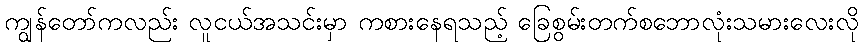
ကျွန်တော်ကလည်း လူငယ်အသင်းမှာ ကစားနေရသည့် ခြေစွမ်းတက်စဘောလုံးသမားလေးလို